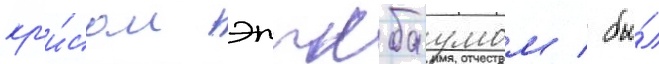
кр'и́сом эпплбаумом / бы́л